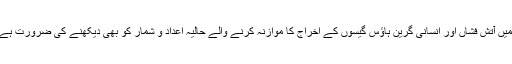
ہمیں آتش فشاں اور انسانی گرین ہاؤس گیسوں کے اخراج کا موازنہ کرنے والے حالیہ اعداد و شمار کو بھی دیکھنے کی ضرورت ہے۔